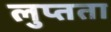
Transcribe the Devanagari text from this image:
लुप्तता